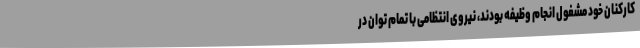
کارکنان خود مشغول انجام وظیفه بودند، نیروی انتظامی با تمام توان در